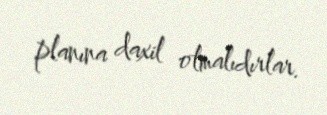
planına daxil olmalıdırlar.